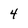
Character: 4